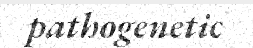
pathogenetic